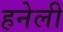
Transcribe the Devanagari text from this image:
हनेली